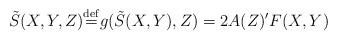
LaTeX: \begin{align*}\tilde{S}(X,Y,Z){\stackrel{\mathrm{def}}{=}}g(\tilde{S}(X,Y),Z)=2A(Z)'F(X,Y)\end{align*}